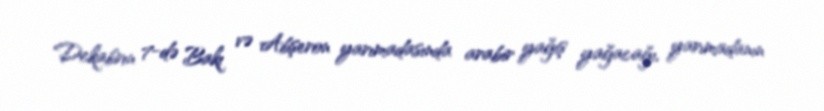
Dekabrın 7-də Bakı və Abşeron yarımadasında arabir yağış yağacağı, yarımadanın